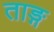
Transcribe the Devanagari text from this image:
ताङ्ग